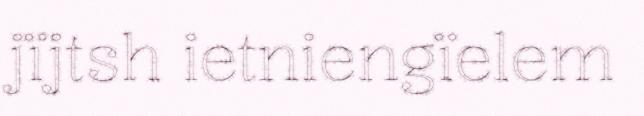
jïjtsh ietniengïelem